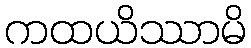
ကထယိဿာမိ